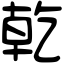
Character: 乾